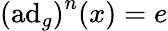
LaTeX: \left(\operatorname{ad}_{g}\right)^{n}(x)=e